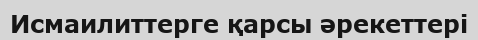
Исмаилиттерге қарсы әрекеттері